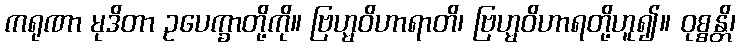
ကရုဏာ မုဒိတာ ဥပေက္ခာတို့ကို။ ဗြဟ္မဝိဟာရာတိ၊ ဗြဟ္မဝိဟာရတို့ဟူ၍။ ဝုစ္စန္တိ၊